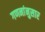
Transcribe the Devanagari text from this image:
गणनांनुसार